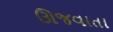
ઊજવાતા